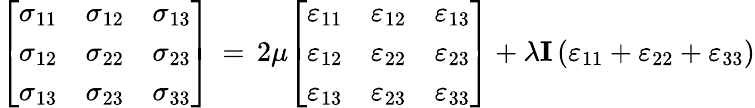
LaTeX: {\left[\begin{array}{lll}{\sigma_{11}}&{\sigma_{12}}&{\sigma_{13}}\\ {\sigma_{12}}&{\sigma_{22}}&{\sigma_{23}}\\ {\sigma_{13}}&{\sigma_{23}}&{\sigma_{33}}\end{array}\right]}\, =\, 2\mu{\left[\begin{array}{lll}{\varepsilon_{11}}&{\varepsilon_{12}}&{\varepsilon_{13}}\\ {\varepsilon_{12}}&{\varepsilon_{22}}&{\varepsilon_{23}}\\ {\varepsilon_{13}}&{\varepsilon_{23}}&{\varepsilon_{33}}\end{array}\right]}+\lambda\mathbf{I}\left(\varepsilon_{11}+\varepsilon_{22}+\varepsilon_{33}\right)